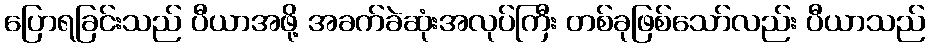
ပြောရခြင်းသည် ပီယာအဖို့ အခက်ခဲဆုံးအလုပ်ကြီး တစ်ခုဖြစ်သော်လည်း ပီယာသည်